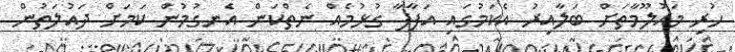
ހުރި މައުލޫމާތަށް ބަލާއިރު އެކަމުގައި އަފާފާ ގުޅުމެއް ނެތްކަން އެނގުމުން ކަމަށް ދައުލަތުން